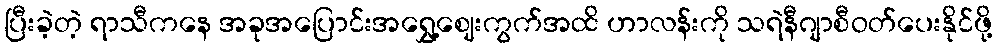
ပြီးခဲ့တဲ့ ရာသီကနေ အခုအပြောင်းအရွှေ့ဈေးကွက်အထိ ဟာလန်းကို သရဲနီဂျာစီဝတ်ပေးနိုင်ဖို့